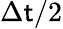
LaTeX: \Delta\mathsf{t}/2